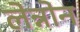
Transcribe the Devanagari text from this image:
लेन्नोन